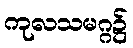
ကုလသမဂ္ဂ၌